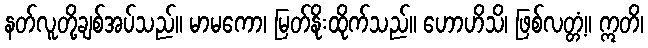
နတ်လူတို့ချစ်အပ်သည်။ မာမကော၊ မြတ်နိုးထိုက်သည်။ ဟောဟိသိ၊ ဖြစ်လတ္တံ့။ ဣတိ၊